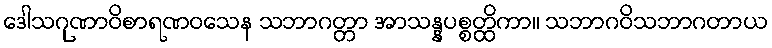
ဒေါသဂုဏာဝိစာရဏဝသေန သဘာဂတ္တာ အာသန္နပစ္စတ္ထိကာ။ သဘာဂဝိသဘာဂတာယ